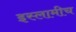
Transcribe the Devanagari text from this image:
इस्लामीच